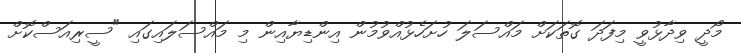
މޯދީ ވިދާޅުވީ މިފަދަ ގޮތަކަށް މައްސަލަ ހުށަހެޅުއްވުމުން އިންޑިޔާއިން މި މައްސަލައިގައި "ސީރިއަސްކޮށް